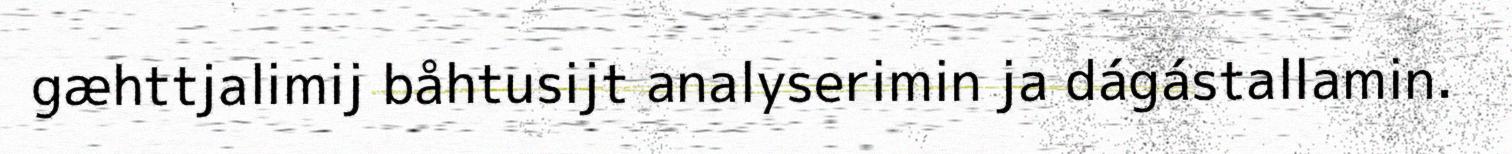
gæhttjalimij båhtusijt analyserimin ja dágástallamin.